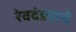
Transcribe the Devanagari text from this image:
रेवदंड्याचे